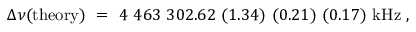
\Delta \nu ( \mathrm { t h e o r y } ) ~ = ~ 4 ~ 4 6 3 ~ 3 0 2 . 6 2 ~ ( 1 . 3 4 ) ~ ( 0 . 2 1 ) ~ ( 0 . 1 7 ) ~ \mathrm { k H z } ~ ,